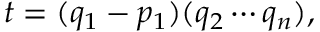
t = ( q _ { 1 } - p _ { 1 } ) ( q _ { 2 } \cdots q _ { n } ) ,